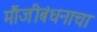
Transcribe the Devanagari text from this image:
मौंजीबंधनाचा